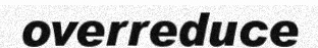
overreduce